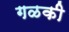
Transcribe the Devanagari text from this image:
गळकी